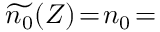
\widetilde { n _ { 0 } } ( Z ) \! = \! n _ { 0 } \! =